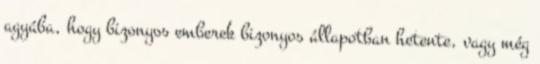
agyába, hogy bizonyos emberek bizonyos állapotban hetente, vagy még